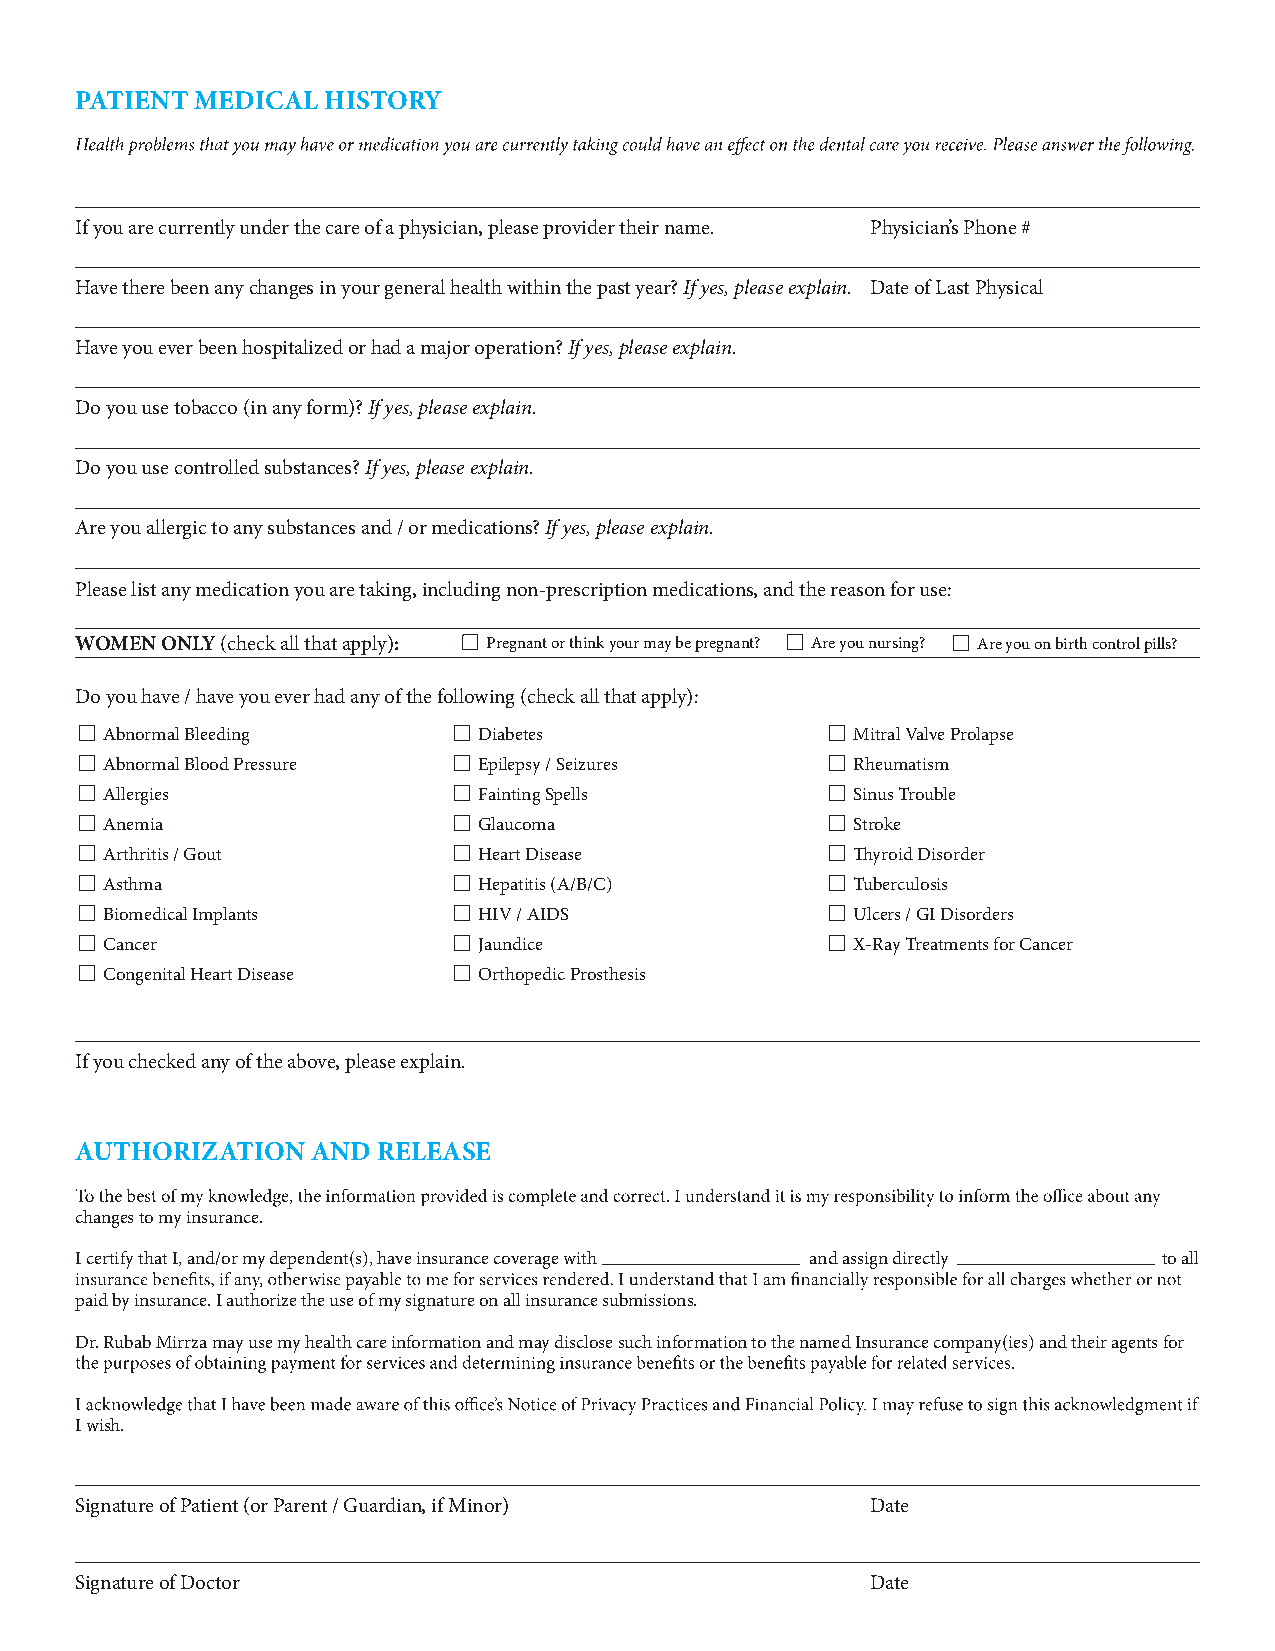
PATIENT MEDICAL HISTORY
 If you are currently under the care of a physician, please provider their name. Physician’s Phone #
 Have there been any changes in your general health within the past year? If yes, please explain. Date of Last Physical
 Have you ever been hospitalized or had a major operation? If yes, please explain.
 Do you use tobacco (in any form)? If yes, please explain.
 Do you use controlled substances? If yes, please explain.
 Are you allergic to any substances and / or medications? If yes, please explain.
 Please list any medication you are taking, including non-prescription medications, and the reason for use:
 WOMEN ONLY (check all that apply): Pregnant or think your may be pregnant? Are you nursing? Are you on birth control pills?
 Do you have / have you ever had any of the following (check all that apply):
 Abnormal Bleeding        Diabetes                Mitral Valve Prolapse
 Abnormal Blood Pressure  Epilepsy / Seizures     Rheumatism
 Allergies                Fainting Spells         Sinus Trouble
 Anemia                   Glaucoma                Stroke
 Arthritis / Gout         Heart Disease           Thyroid Disorder
 Asthma                   Hepatitis (A/B/C)       Tuberculosis
 Biomedical Implants      HIV / AIDS              Ulcers / GI Disorders
 Cancer                   Jaundice                X-Ray Treatments for Cancer
 Congenital Heart Disease Orthopedic Prosthesis
 If you checked any of the above, please explain.
 AUTHORIZATION   AND RELEASE
 changes to my insurance.
 I certify that I, and/or my dependent(s), have insurance coverage with and assign directly to all
 paid by insurance. I authorize the use of my signature on all insurance submissions.
 Dr. Rubab Mirrza may use my health care information and may disclose such information to the named Insurance company(ies) and their agents for
 I wish.
 Signature of Patient (or Parent / Guardian, if Minor) Date
 Signature of Doctor                                  Date